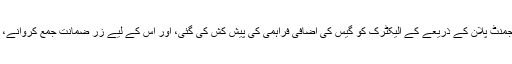
وزیر اعلیٰ مراد علی شاہ کے مطابق ”مفاد عامہ“ کی خاطر ایس ایس جی سی کی جانب سے اپنے گیس مینجمنٹ پلان کے ذریعے کے الیکٹرک کو گیس کی اضافی فراہمی کی پیش کش کی گئی، اور اس کے لیے زر ضمانت جمع کروانے، بقایاجات کی ادائیگی اور گیس فراہمی کے معاہدے (جی ایس اے) پر دستخط کرنے کی شرائط رکھی گئیں۔